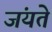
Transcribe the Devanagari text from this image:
जंयते